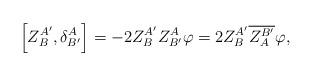
LaTeX: \begin{align*} \left [Z^{ A ' }_{ B},\delta_{B ' }^{ A}\right ]=- 2Z^{ A ' }_{ B}Z_{B ' }^{ A}\varphi= 2Z^{ A ' }_{ B}\overline{Z^{B ' }_{ A}}\varphi, \end{align*}